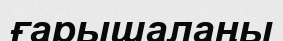
ғарышалаңы